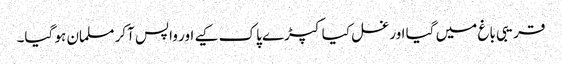
قریبی باغ میں گیا اور غسل کیا کپڑے پاک کیے اور واپس آکر مسلمان ہو گیا۔